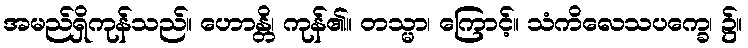
အမည်ရှိကုန်သည်။ ဟောန္တိ၊ ကုန်၏။ တသ္မာ၊ ကြောင့်။ သံကိလေသပက္ခေ၊ ၌။